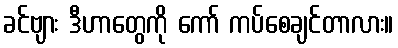
ခင်ဗျား ဒီဟာတွေကို ကော် ကပ်စေချင်တာလား။